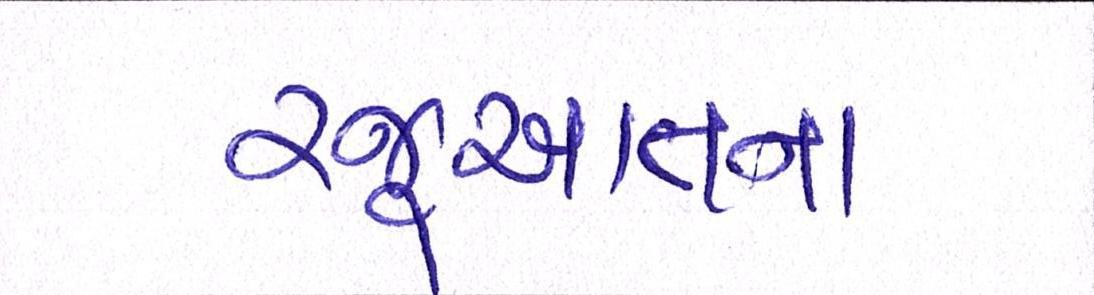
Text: રજુઆતના